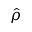
\hat { \rho }